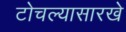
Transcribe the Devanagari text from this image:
टोचल्यासारखे